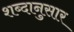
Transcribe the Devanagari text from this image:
शब्दानुसार